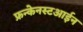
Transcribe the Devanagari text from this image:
फ्रन्केनस्टआईन